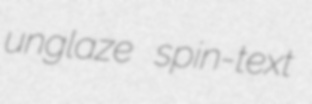
unglaze spin-text